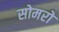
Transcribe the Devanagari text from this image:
सोमरो